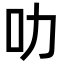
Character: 叻